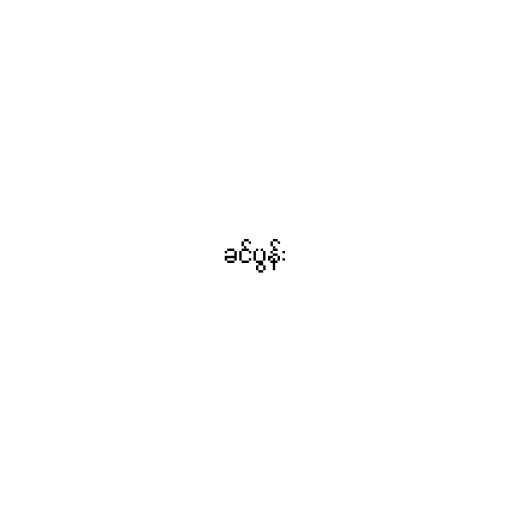
ခင်ပွန်း